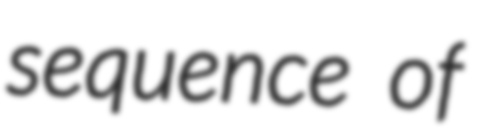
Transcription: sequence of